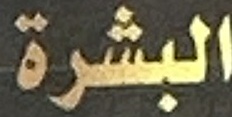
البشرة